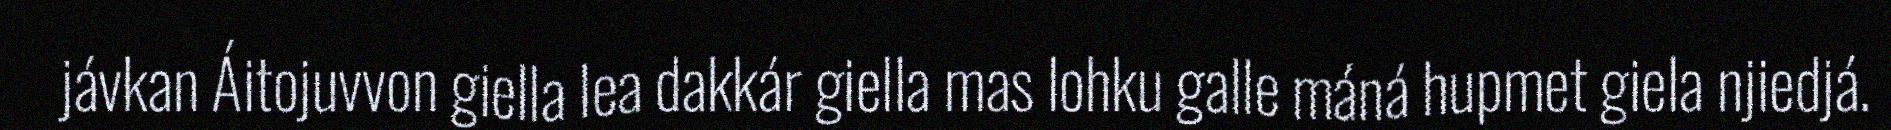
jávkan Áitojuvvon giella lea dakkár giella mas lohku galle máná hupmet giela njiedjá.